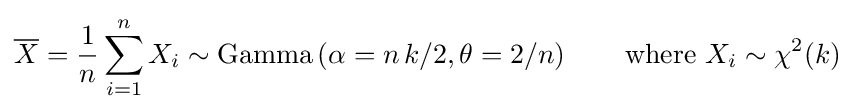
{\overline {X}}={\frac {1}{n}}\sum _{i=1}^{n}X_{i}\sim \operatorname {Gamma} \left(\alpha =n\,k/2,\theta =2/n\right)\qquad {\text{where }}X_{i}\sim \chi ^{2}(k)